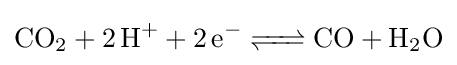
{\ce {CO2 + 2H+ + 2e- <=> CO + H2O}}